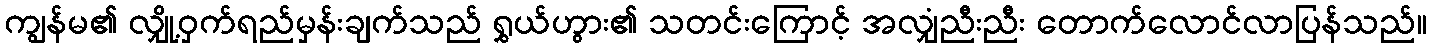
ကျွန်မ၏ လျှို့ဝှက်ရည်မှန်းချက်သည် ရွှယ်ဟွား၏ သတင်းကြောင့် အလျှံညီးညီး တောက်လောင်လာပြန်သည်။